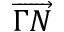
\overrightarrow { \Gamma N }